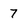
Character: 7